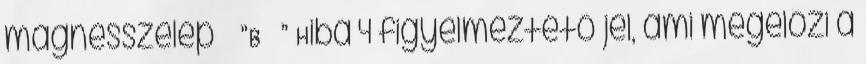
mágnesszelep ”B ” Hiba 4 figyelmeztető jel, ami megelőzi a